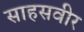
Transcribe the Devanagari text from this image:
साहसवीर